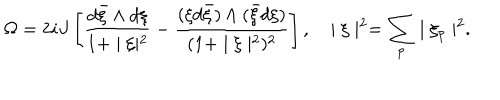
\Omega = 2 i J \left[ \frac { d { \bar { \xi } } \wedge d \xi } { 1 + \mid \xi \mid ^ { 2 } } - \frac { ( \xi d { \bar { \xi } } ) \wedge ( { \bar { \xi } } d \xi ) } { ( 1 + \mid \xi \mid ^ { 2 } ) ^ { 2 } } \right] , \ \ \ \mid \xi \mid ^ { 2 } = \sum _ { p } \mid \xi _ { p } \mid ^ { 2 } .